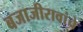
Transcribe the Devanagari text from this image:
बजाजीरावांचे